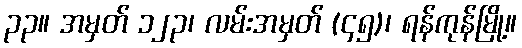
၃၃။ အမှတ် ၁၂၃၊ လမ်းအမှတ် (၄၅)၊ ရန်ကုန်မြို့။